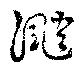
颵